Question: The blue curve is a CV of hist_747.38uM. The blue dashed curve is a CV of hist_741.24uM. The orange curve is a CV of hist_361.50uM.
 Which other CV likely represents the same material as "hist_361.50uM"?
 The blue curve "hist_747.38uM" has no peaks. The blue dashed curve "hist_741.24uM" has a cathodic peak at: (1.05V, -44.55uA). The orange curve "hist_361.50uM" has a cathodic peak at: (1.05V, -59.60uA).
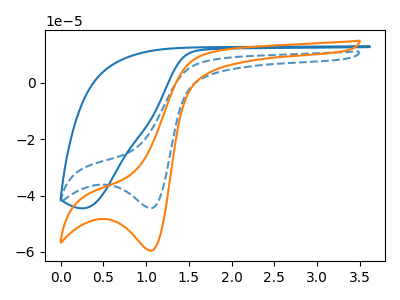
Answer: <think>"hist_747.38uM" and "hist_741.24uM" have a different number of peaks. "hist_747.38uM" and "hist_361.50uM" have a different number of peaks. All the peaks in "hist_741.24uM" have a peak in "hist_361.50uM" at the same potential. Every peak in "hist_741.24uM" is lower than every peak in "hist_361.50uM".
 </think>
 <answer>The CV with the most similar shape to "hist_741.24uM" is "hist_361.50uM".</answer>
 <eval>"hist_361.50uM"</eval>